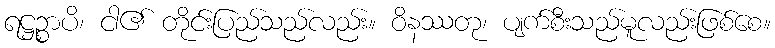
ရဋ္ဌဉ္စာပိ၊ ငါ၏ တိုင်းပြည်သည်လည်း။ ဝိနဿတု၊ ပျက်စီးသည်မူလည်းဖြစ်စေ။